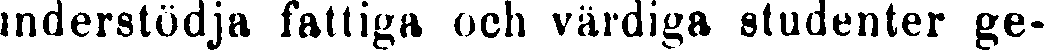
understödja fattiga och värdiga studenter ge-